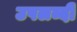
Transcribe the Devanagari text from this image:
उपलब्दी